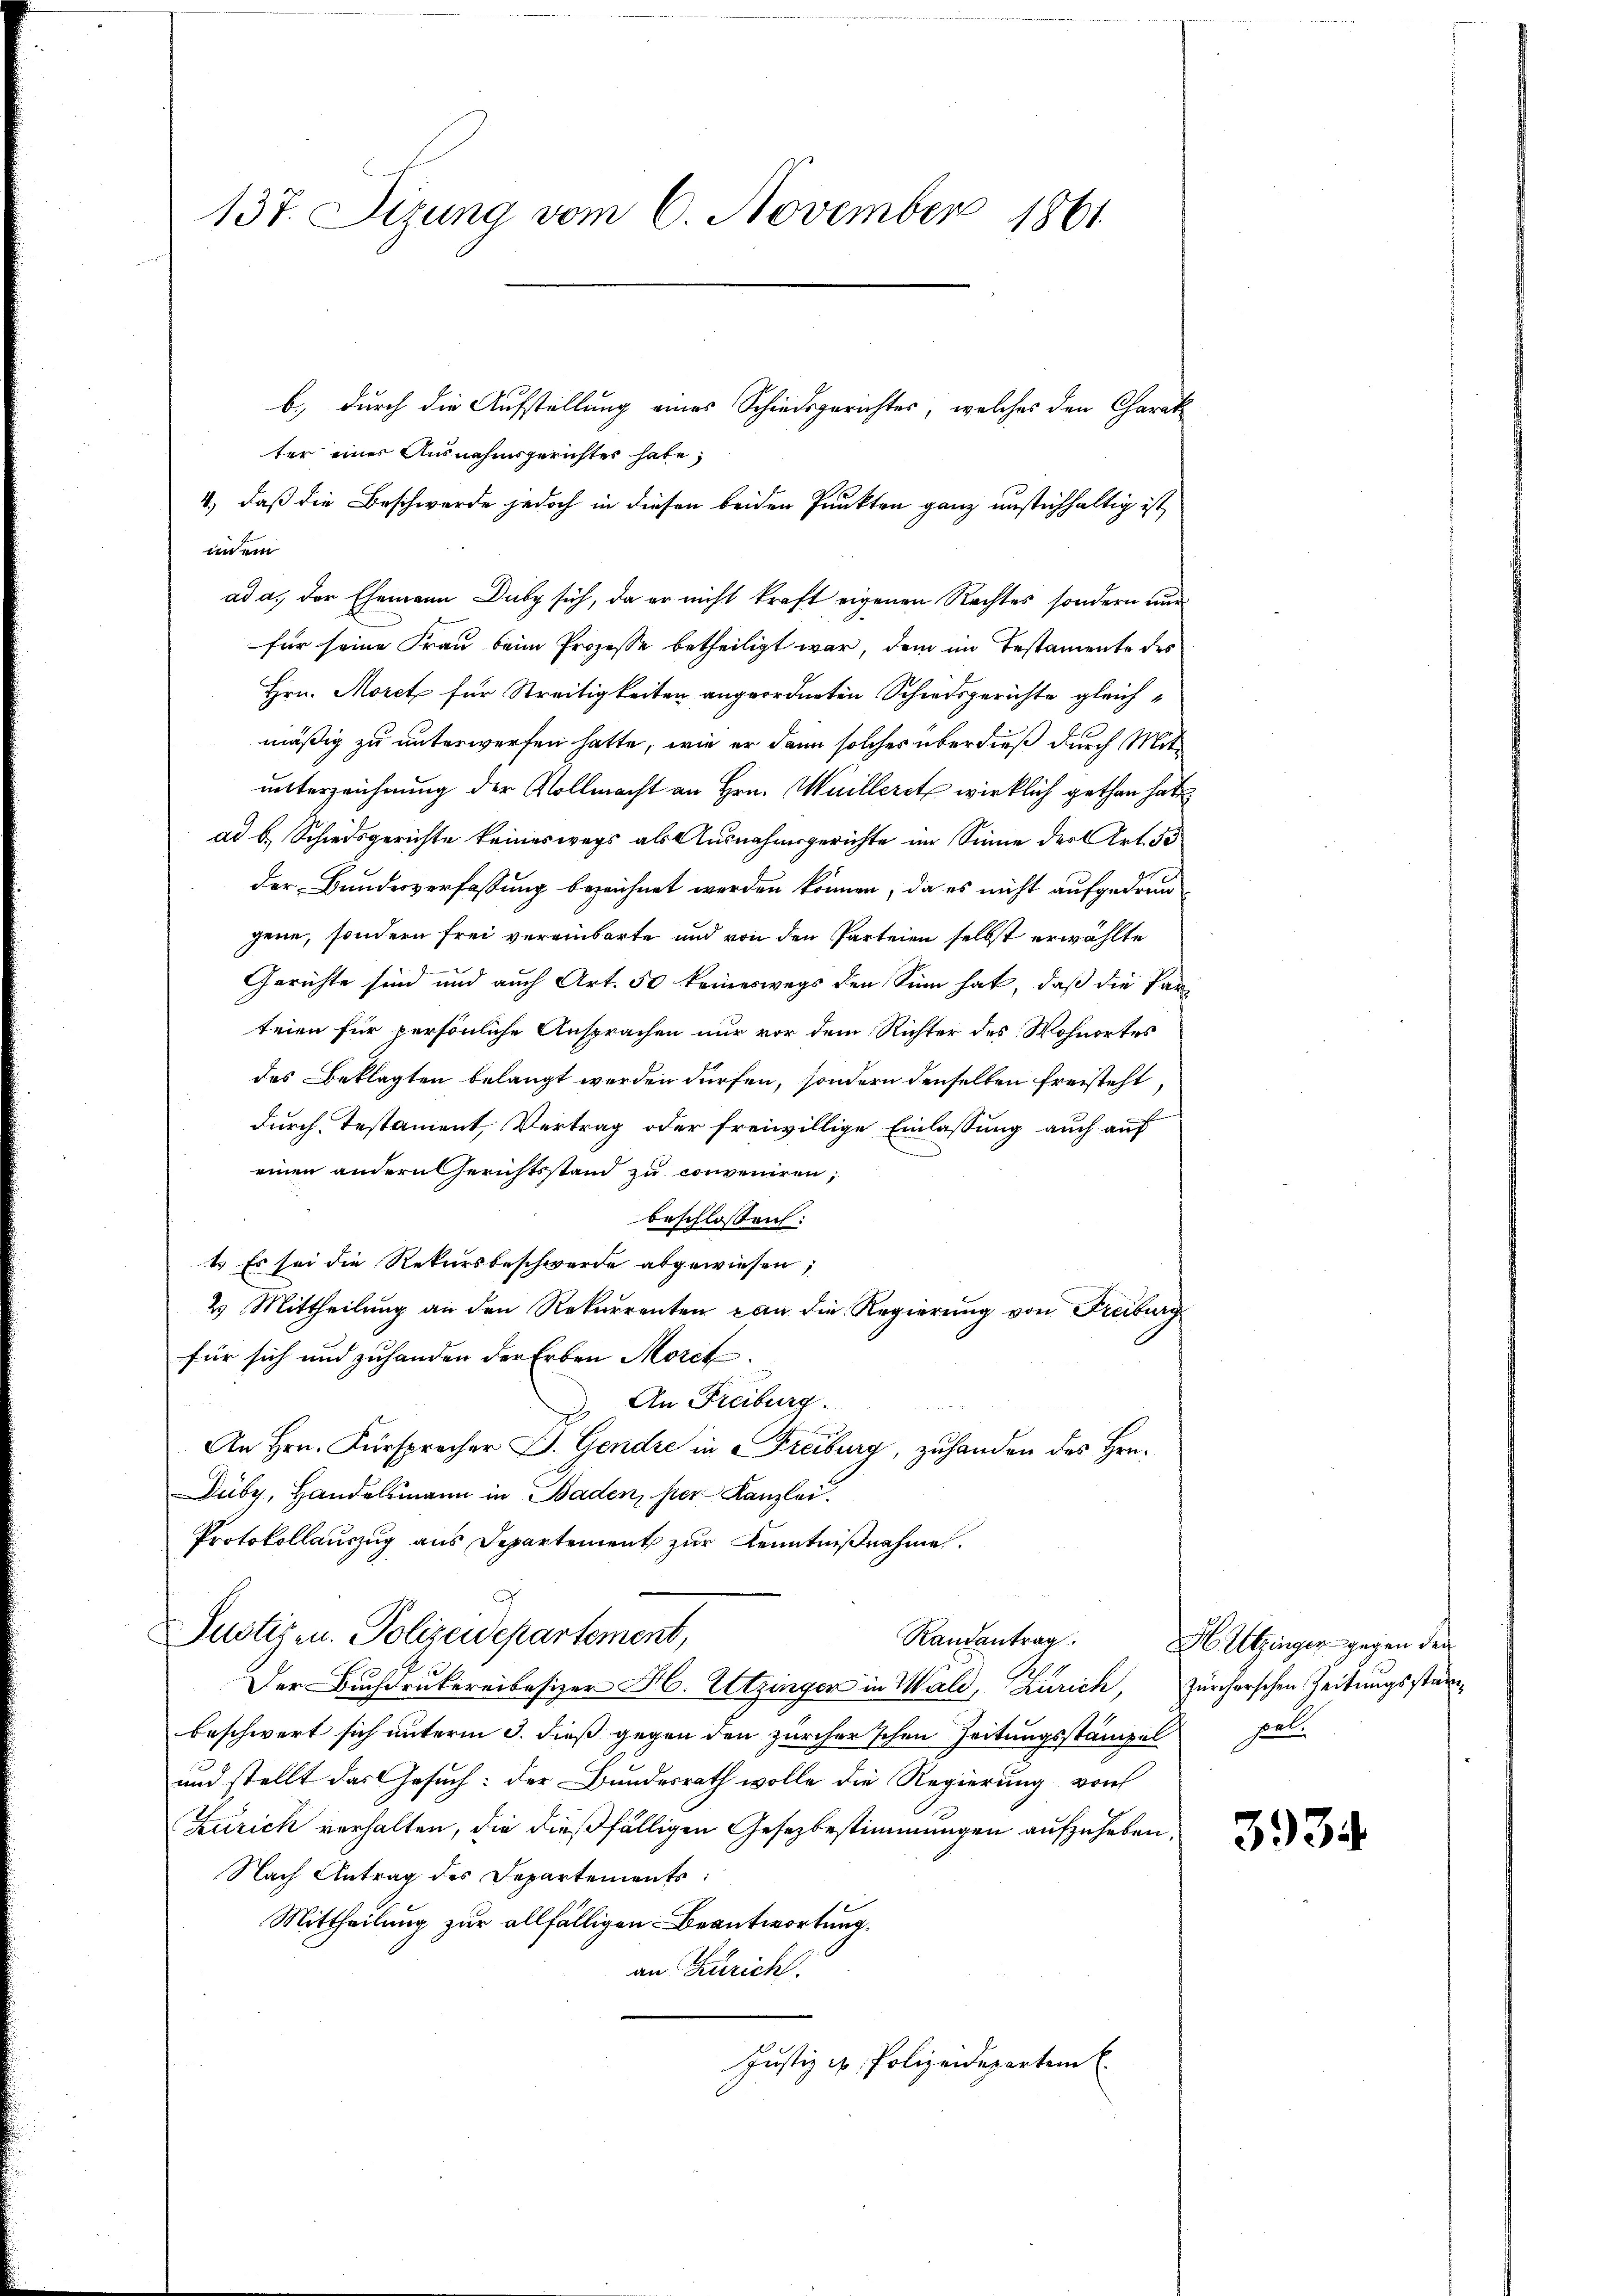
137. Sizung vom 6. November 1861

b., durch die Aufstellung eines Schiedsgerichtes, welches den Charat
ter einer Ausnahmsgerichtes habe,
4.) daß die Beschwerde jedoch in diesen beiden Punkten ganz unstichhaltig ist
inein
ad a., der Ehemann Duby sich, da er nicht kraft eigenen Rechtes, sondern und
für seine Frau beim Prozesse betheiligt war, dem im Testamente des
Hrn. Morct für Streitigkeiten angeordneten Schiedsgerichte gleichmäßig zu unterwerfen hatte, wie er dann solches überdieß durch Mitunterzeichnung der Vollmacht an Hrn. Mailleret wirklich gethan hat
ad b. Schiedsgerichte keineswegs als Ausnahmsgerichte im Sinne der Art. 53
der Bundesverfassung bezeichnet werden können, da es nicht aufgedrun
gene, sondern frei vereinbarte und von den Parteien selbst erwählte
Gerichte sind und auch Art. 50 keineswegs den Sinn hat, daß die Par-
teien für persönliche Ansprachen nur vor dem Richter des Wohnortes
des Beklagten belangt werden dürfen, sondern denselben freisteht
durch Testament, Vertrag oder freiwillige Einlassung auch auf
einen andern Gerichtsstand zu conveniren,
beschlossen:
t. Es sei die Rekursbeschwerde abgewiesen,
2. Mittheilung an den Rekurrenten an die Regierung von Freiburg
für sich und zuhanden der Erben Morct.
An Freiburg.
An Hrn. Fürsprecher E. Gendre in Freiburg, zuhanden des Hrn.
Duby, Handelsmann in Baden, per Kanzlei.
Protokollauszug aus Departement zur Kenntnißnahme.
Justizen. Polizeidepartement,
Der Buchdrukereibesizer H. Letzingen in Wald, Zürich,
beschwert sich unterm 3. dieß gegen den zürcher'schen Zeitungsstämpel
und stellt das Gesuch: der Bundesrath wolle die Regierung von
Zürich verhalten, die dießfälligen Gesezbestimmungen aufzuheben,
Nach Antrag des Departements:
Mittheilung zur allfälligen Beantwortung.
an Zürich.
Justiz & Polizeidepartem E

Randantrag. H. Utzinger gegen den
zürcherschen Zeitungsstan
pel.

3934.